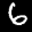
Label: 6